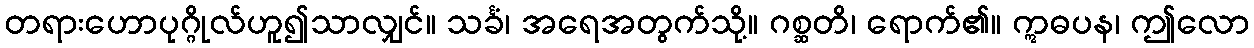
တရားဟောပုဂ္ဂိုလ်ဟူ၍သာလျှင်။ သင်္ခံ၊ အရေအတွက်သို့။ ဂစ္ဆတိ၊ ရောက်၏။ ဣဓပန၊ ဤလော